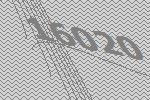
16020